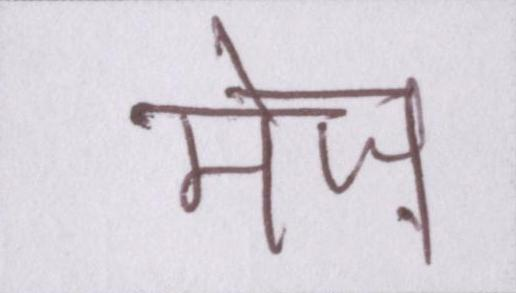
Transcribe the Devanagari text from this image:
मेज़